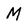
Character: M